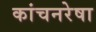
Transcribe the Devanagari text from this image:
कांचनरेषा